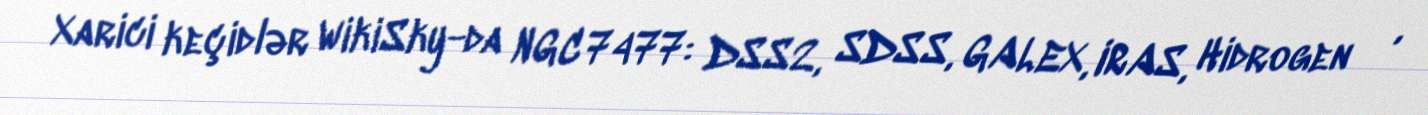
Xarici keçidlər WikiSky-da NGC 7477: DSS2, SDSS, GALEX, IRAS, Hidrogen α,